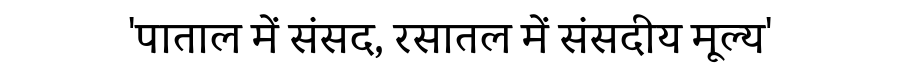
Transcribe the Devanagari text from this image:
'पाताल में संसद, रसातल में संसदीय मूल्य'